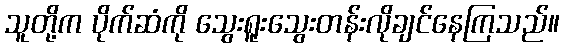
သူတို့က ပိုက်ဆံကို သွေးရူးသွေးတန်းလိုချင်နေကြသည်။